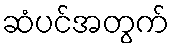
ဆံပင်အတွက်